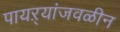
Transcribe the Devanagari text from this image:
पायऱ्यांजवळीन